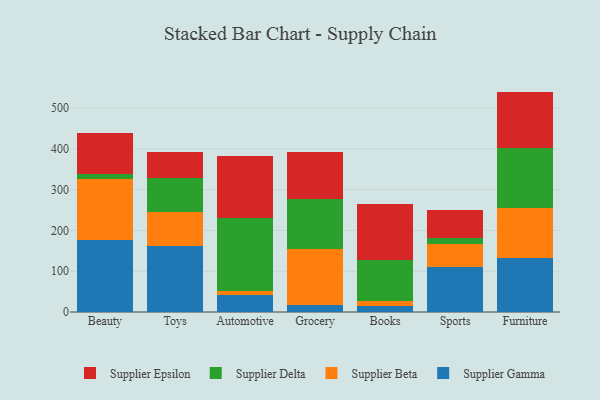
{"axis": {"x": "Category", "y": "Net Income (USD K)"}, "legend": ["Supplier Beta", "Supplier Delta", "Supplier Epsilon", "Supplier Gamma"], "data": [{"x": "Beauty", "y": 176.2, "type": "Supplier Gamma"}, {"x": "Beauty", "y": 149.6, "type": "Supplier Beta"}, {"x": "Beauty", "y": 11.3, "type": "Supplier Delta"}, {"x": "Beauty", "y": 101.7, "type": "Supplier Epsilon"}, {"x": "Toys", "y": 161.9, "type": "Supplier Gamma"}, {"x": "Toys", "y": 83.6, "type": "Supplier Beta"}, {"x": "Toys", "y": 84.1, "type": "Supplier Delta"}, {"x": "Toys", "y": 63.4, "type": "Supplier Epsilon"}, {"x": "Automotive", "y": 40.9, "type": "Supplier Gamma"}, {"x": "Automotive", "y": 9.8, "type": "Supplier Beta"}, {"x": "Automotive", "y": 179.0, "type": "Supplier Delta"}, {"x": "Automotive", "y": 153.2, "type": "Supplier Epsilon"}, {"x": "Grocery", "y": 16.9, "type": "Supplier Gamma"}, {"x": "Grocery", "y": 137.5, "type": "Supplier Beta"}, {"x": "Grocery", "y": 121.7, "type": "Supplier Delta"}, {"x": "Grocery", "y": 115.8, "type": "Supplier Epsilon"}, {"x": "Books", "y": 14.1, "type": "Supplier Gamma"}, {"x": "Books", "y": 12.9, "type": "Supplier Beta"}, {"x": "Books", "y": 100.1, "type": "Supplier Delta"}, {"x": "Books", "y": 138.4, "type": "Supplier Epsilon"}, {"x": "Sports", "y": 110.9, "type": "Supplier Gamma"}, {"x": "Sports", "y": 54.8, "type": "Supplier Beta"}, {"x": "Sports", "y": 16.1, "type": "Supplier Delta"}, {"x": "Sports", "y": 68.3, "type": "Supplier Epsilon"}, {"x": "Furniture", "y": 132.7, "type": "Supplier Gamma"}, {"x": "Furniture", "y": 122.0, "type": "Supplier Beta"}, {"x": "Furniture", "y": 147.3, "type": "Supplier Delta"}, {"x": "Furniture", "y": 138.3, "type": "Supplier Epsilon"}]}